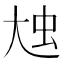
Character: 𡘗